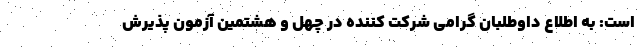
است: به اطلاع داوطلبان گرامی شرکت کننده در چهل و هشتمین آزمون پذیرش